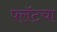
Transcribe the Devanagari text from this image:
फ्लॅटचा